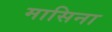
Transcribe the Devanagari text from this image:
मासिना